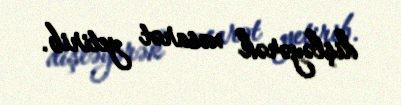
dişləyərək xəsarət yetirib.